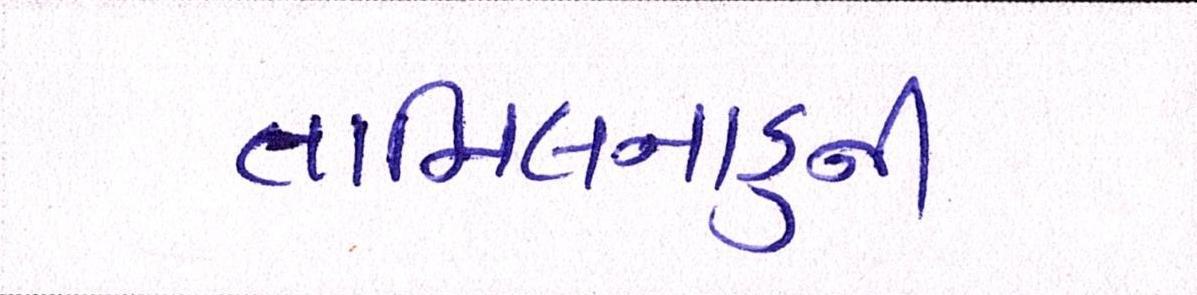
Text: તામિલનાડુની